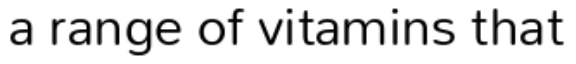
a range of vitamins that